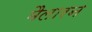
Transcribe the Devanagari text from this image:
मैलारन